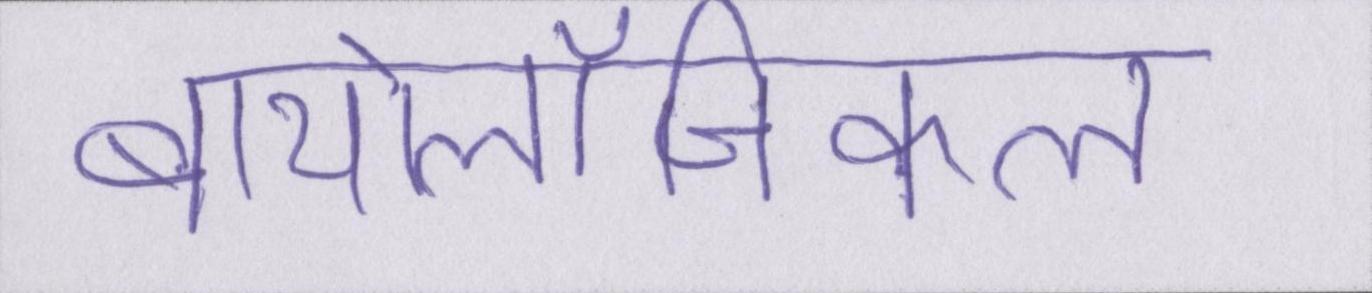
बायोलॉजिकल